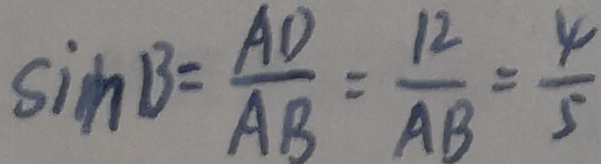
\sin B = \frac { A D } { A B } = \frac { 1 2 } { A B } = \frac { 4 } { 5 }